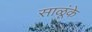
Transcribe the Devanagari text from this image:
साळूंके